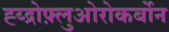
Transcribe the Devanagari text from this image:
ह्य्द्रोफ़्लुओरोकर्बोन